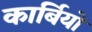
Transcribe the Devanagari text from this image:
कार्बियों